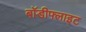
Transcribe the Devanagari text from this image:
बॉडीफ्लाइट